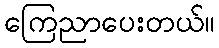
ကြေညာပေးတယ်။